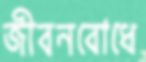
জীবনবোধে